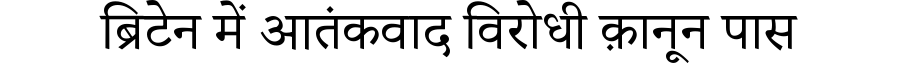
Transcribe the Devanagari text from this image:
ब्रिटेन में आतंकवाद विरोधी क़ानून पास